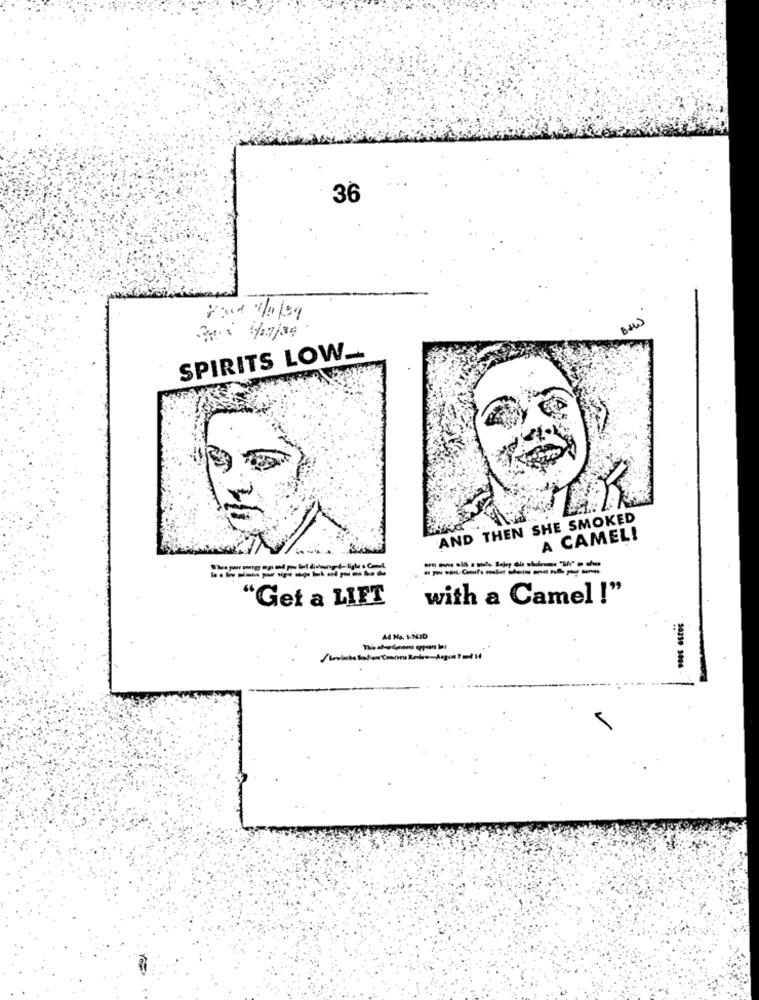
36
Feed 1/1/29
SPIRITS LOW _.
AND THEN SHE SMOKED
A CAMEL!
"Get a LIFT
with a Camel !"